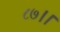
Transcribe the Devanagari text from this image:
८७।।